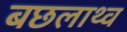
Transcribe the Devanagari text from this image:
बछलाथ्व